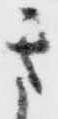
き